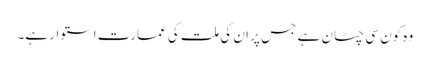
وہ کون سی چٹان ہے جس پر ان کی ملت کی عمارت استوار ہے۔